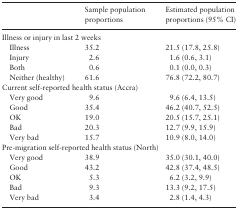
<table><thead><tr><td></td><td><b>Sample population proportions</b></td><td><b>Estimated population proportions (95% CI)</b></td></tr></thead><tbody><tr><td colspan="2">Illness or injury in last 2 weeks</td></tr><tr><td> Illness</td><td>35.2</td><td>21.5 (17.8, 25.8)</td></tr><tr><td> Injury</td><td>2.6</td><td>1.6 (0.6, 3.1)</td></tr><tr><td> Both</td><td>0.6</td><td>0.1 (0.0, 0.3)</td></tr><tr><td> Neither (healthy)</td><td>61.6</td><td>76.8 (72.2, 80.7)</td></tr><tr><td colspan="2">Current self-reported health status (Accra)</td></tr><tr><td> Very good</td><td>9.6</td><td>9.6 (6.4, 13.5)</td></tr><tr><td> Good</td><td>35.4</td><td>46.2 (40.7, 52.5)</td></tr><tr><td> OK</td><td>19.0</td><td>20.5 (15.7, 25.1)</td></tr><tr><td> Bad</td><td>20.3</td><td>12.7 (9.9, 15.9)</td></tr><tr><td> Very bad</td><td>15.7</td><td>10.9 (8.0, 14.0)</td></tr><tr><td colspan="2">Pre-migration self-reported health status (North)</td></tr><tr><td> Very good</td><td>38.9</td><td>35.0 (30.1, 40.0)</td></tr><tr><td> Good</td><td>43.2</td><td>42.8 (37.4, 48.5)</td></tr><tr><td> OK</td><td>5.3</td><td>6.2 (3.2, 9.9)</td></tr><tr><td> Bad</td><td>9.3</td><td>13.3 (9.2, 17.5)</td></tr><tr><td> Very bad</td><td>3.4</td><td>2.8 (1.4, 4.3)</td></tr></tbody></table>